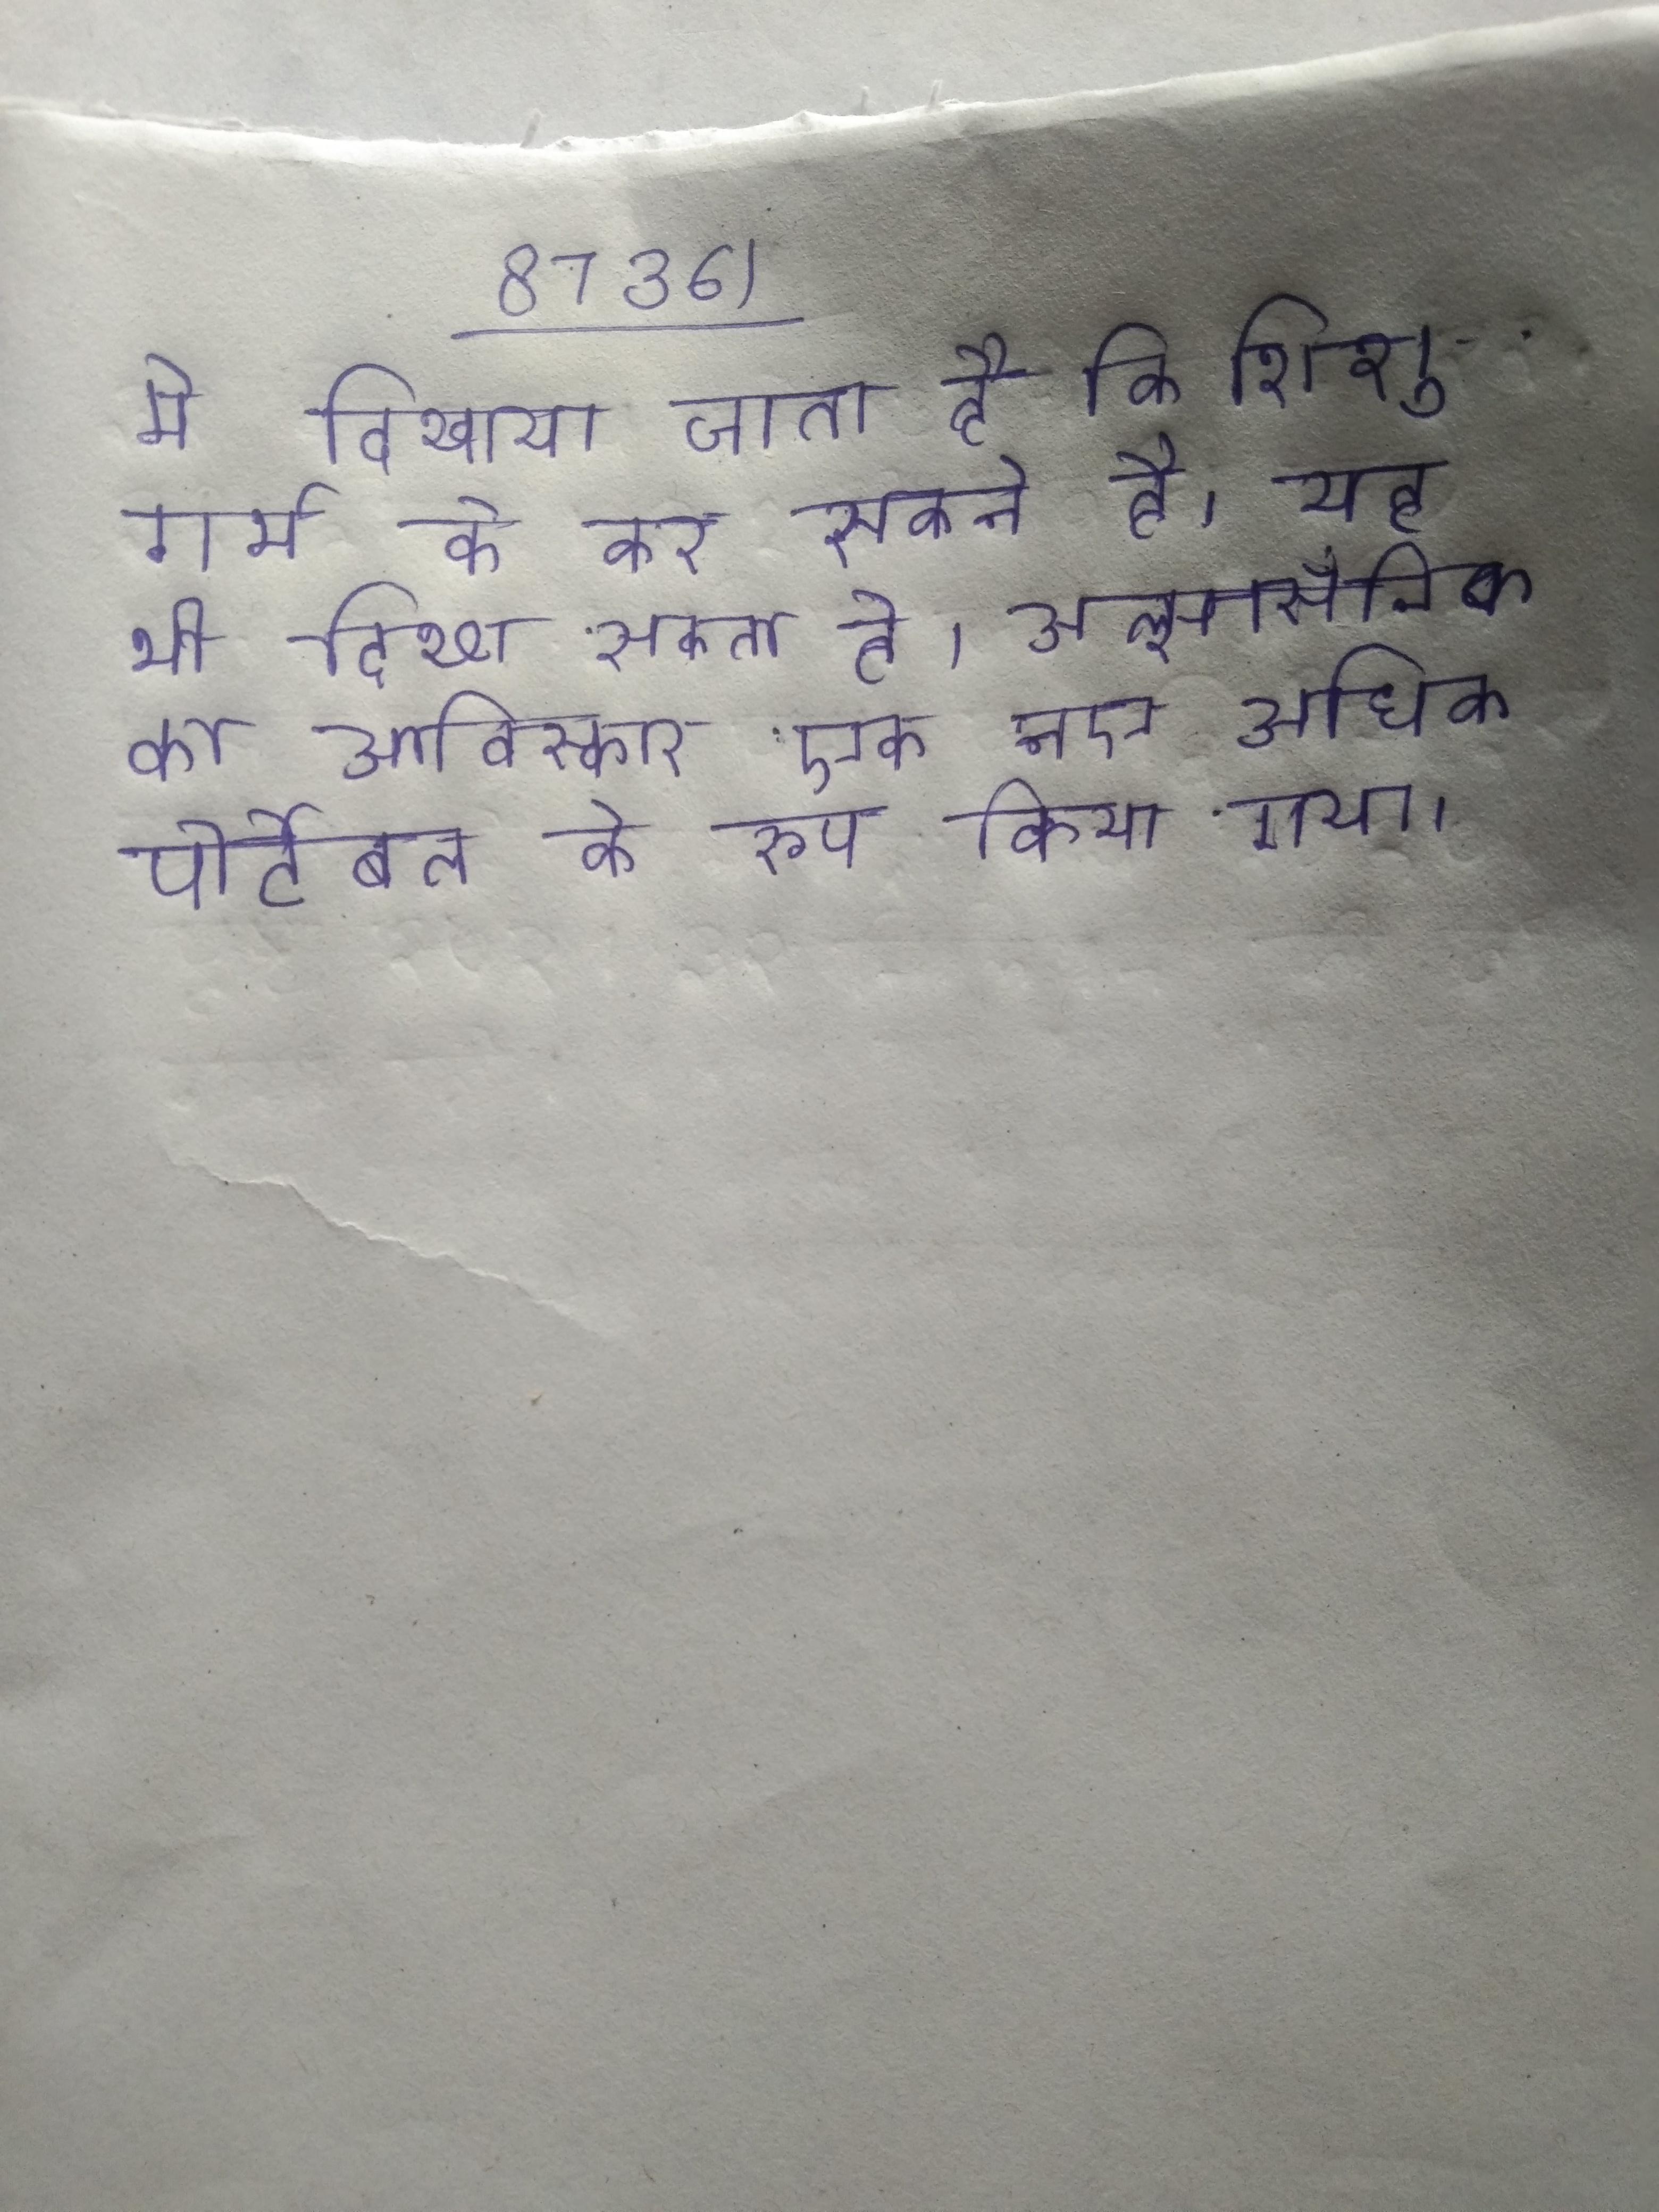
मे दिखाया जाता है कि शिशु गर्भ के कर सकते है । यह भी दिखा सकता है कि क्या छाती ठोस नोड्यूल होते यह है कि घाव पूर्व या हो सकता है । अल्ट्रासॉनिक का आविष्कार एक नए अधिक पोर्टेबल के रूप किया गया ।